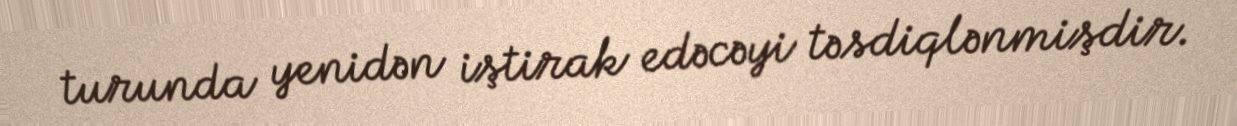
turunda yenidən iştirak edəcəyi təsdiqlənmişdir.